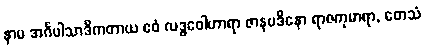
နာမ အင်္ဂပါသာဒိကတာယ ဧဝံ လဒ္ဓဝေါဟာရာ ဇာနပဒိနော ရာဇကုမာရာ, တေသံ